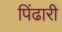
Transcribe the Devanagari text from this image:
पिंढारी